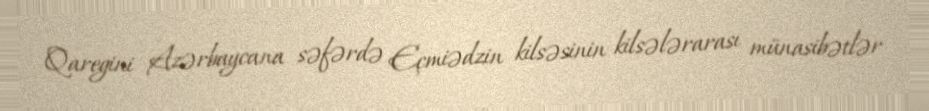
Qaregini Azərbaycana səfərdə Eçmiədzin kilsəsinin kilsələrarası münasibətlər